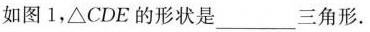
如图1，△CDE的形状是___三角形。